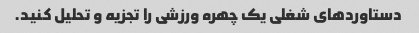
دستاوردهای شغلی یک چهره ورزشی را تجزیه و تحلیل کنید.